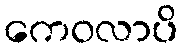
ကေဝလာပိ